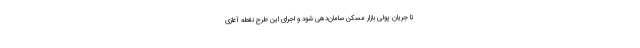
تا جریان پولی بازار مسکن سامان‌دهی شود و اجرای این طرح نقطه آغازی